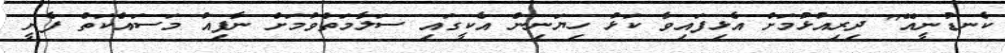
ކެނޑުނީއޭ" ދިރިއުޅުމަށް އެޅިފައިވާ ކަޅު ހިޔަނިން އެކީގައި ސަލާމަތްވުމަށް ނާފިއު މަސައްކަތް ފެށީ